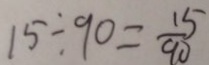
1 5 \div 9 0 = \frac { 1 5 } { 9 0 }